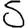
Digit: 5